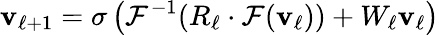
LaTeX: \mathbf{v}_{\ell+1}=\sigma\left(\mathcal{{F}}^{-1}(R_{\ell}\cdot\mathcal{{F}}(\mathbf{v}_{\ell}))+W_{\ell}\mathbf{v}_{\ell}\right)